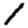
Digit: 1